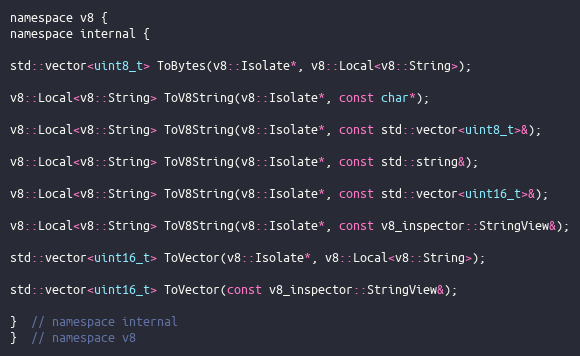
Language: C
namespace v8 {
namespace internal {

std::vector<uint8_t> ToBytes(v8::Isolate*, v8::Local<v8::String>);

v8::Local<v8::String> ToV8String(v8::Isolate*, const char*);

v8::Local<v8::String> ToV8String(v8::Isolate*, const std::vector<uint8_t>&);

v8::Local<v8::String> ToV8String(v8::Isolate*, const std::string&);

v8::Local<v8::String> ToV8String(v8::Isolate*, const std::vector<uint16_t>&);

v8::Local<v8::String> ToV8String(v8::Isolate*, const v8_inspector::StringView&);

std::vector<uint16_t> ToVector(v8::Isolate*, v8::Local<v8::String>);

std::vector<uint16_t> ToVector(const v8_inspector::StringView&);

}  // namespace internal
}  // namespace v8